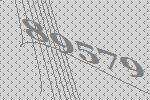
89579